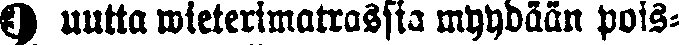
9 uutta wieterimatrassia myydään pois-